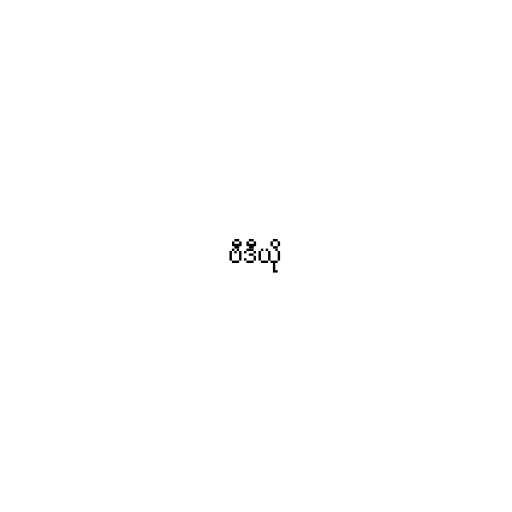
ဗီဒီယို